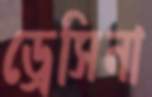
ড্রেসিনা